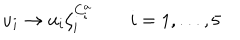
u _ { i } \rightarrow u _ { i } \zeta _ { i } ^ { C _ { i } ^ { a } } \qquad i = 1 , . . . , 5